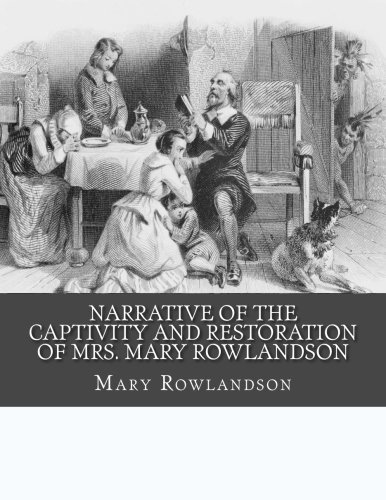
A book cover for Narrative of the Captivity and Restoration of Mrs. Mary Rowlandson; Mary Rowlandson; Biographies & Memoirs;